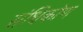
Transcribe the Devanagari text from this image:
संधिकोण